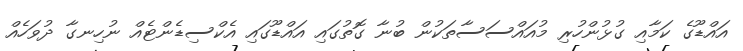
އައްޑޫގެ ކަމާއި ގުޅުންހުރި މުއައްސަސާތަކުން ބުނާ ގޮތުގައި އައްޑޫގައި އެކްސިޑެންޓެއް ނުހިނގާ ދުވަހެއް